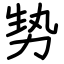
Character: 㔟